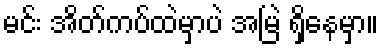
မင်း အိတ်ကပ်ထဲမှာပဲ အမြဲ ရှိနေမှာ။